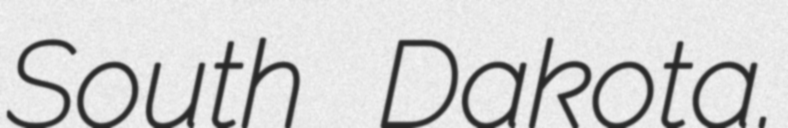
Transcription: South Dakota.